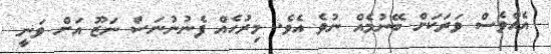
އެއްވެސް ވަރަކަށް ބޭނުމެއް ނުވެ އެވެ. މިރުހެއް ފެނުނުނަސް ނަޒޫ އަށް ވަނީ